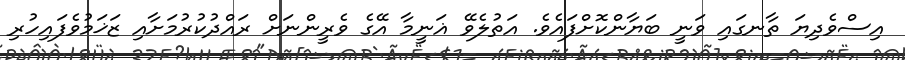
އިސްވެދިޔަ ތާނގައި ވަނީ ބަޔާންކޮށްފައެވެ. އަތުލެވޭ ޣަނީމާ އޭގެ ވެރީންނަށް ރައްދުކުރުމަށާއި ޒަޚަމުވެފައިހުރި